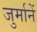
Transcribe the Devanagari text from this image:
जुर्मानें